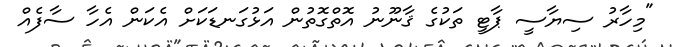
"މިހާރު ސިޔާސީ ޕާޓީ ތަކުގެ ޤާނޫނު އޮތްގޮތުން އަޅުގަނޑަކަށް އެކަން އެހާ ސާފެއް